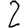
Digit: 2